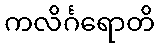
ကလိင်္ဂရောတိ